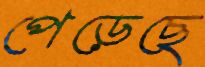
পেড়েছে